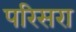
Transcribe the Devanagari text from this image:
परिसरा